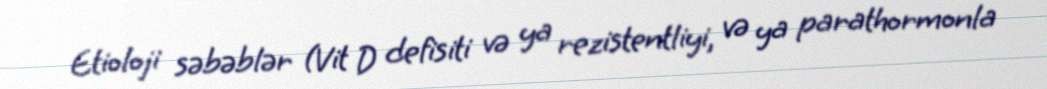
Etioloji səbəblər (Vit D defisiti və ya rezistentliyi, və ya parathormonla